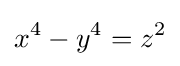
x^{4}-y^{4}=z^{2}